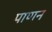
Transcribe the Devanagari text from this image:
पाणन